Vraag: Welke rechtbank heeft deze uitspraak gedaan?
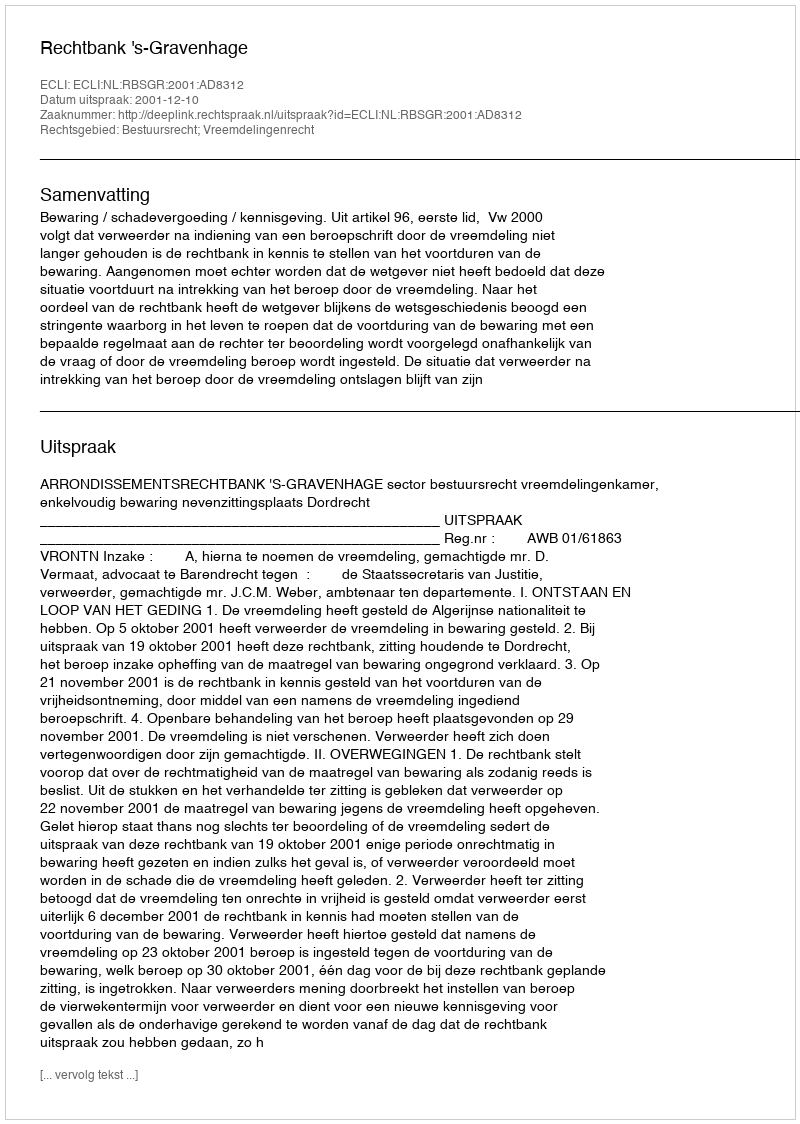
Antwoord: Rechtbank 's-Gravenhage